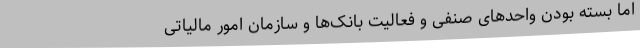
اما بسته بودن واحدهای صنفی و فعالیت بانک‌ها و سازمان امور مالیاتی